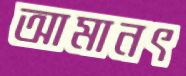
আমানৎ